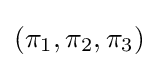
(\pi _{1},\pi _{2},\pi _{3})